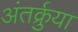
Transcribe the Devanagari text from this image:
अंतर्क्रुया